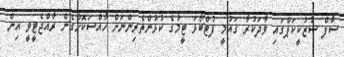
ސާފް ސުޒުކީކަޕްގައި ވާދަކުރާ ގައުމީ ފުޓްބޯޅަ ޓީމުގެ ކުޅުންތެރިންނަށް ހާއްސަކޮށްގެން ރާއްޖެޓީވީ އިން